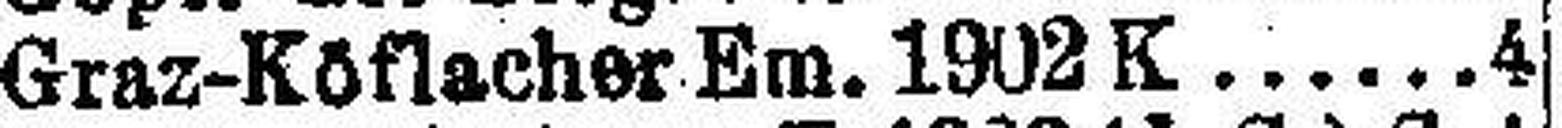
Graz-Köflacher Em. 1902 K. 4